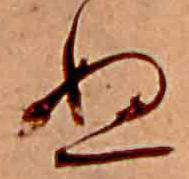
ぬ